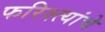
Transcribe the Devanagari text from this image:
फरिश्त्यांचे